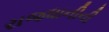
રાજધાનીની